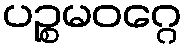
ပဉ္စမဝဂ္ဂေ